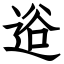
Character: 逧